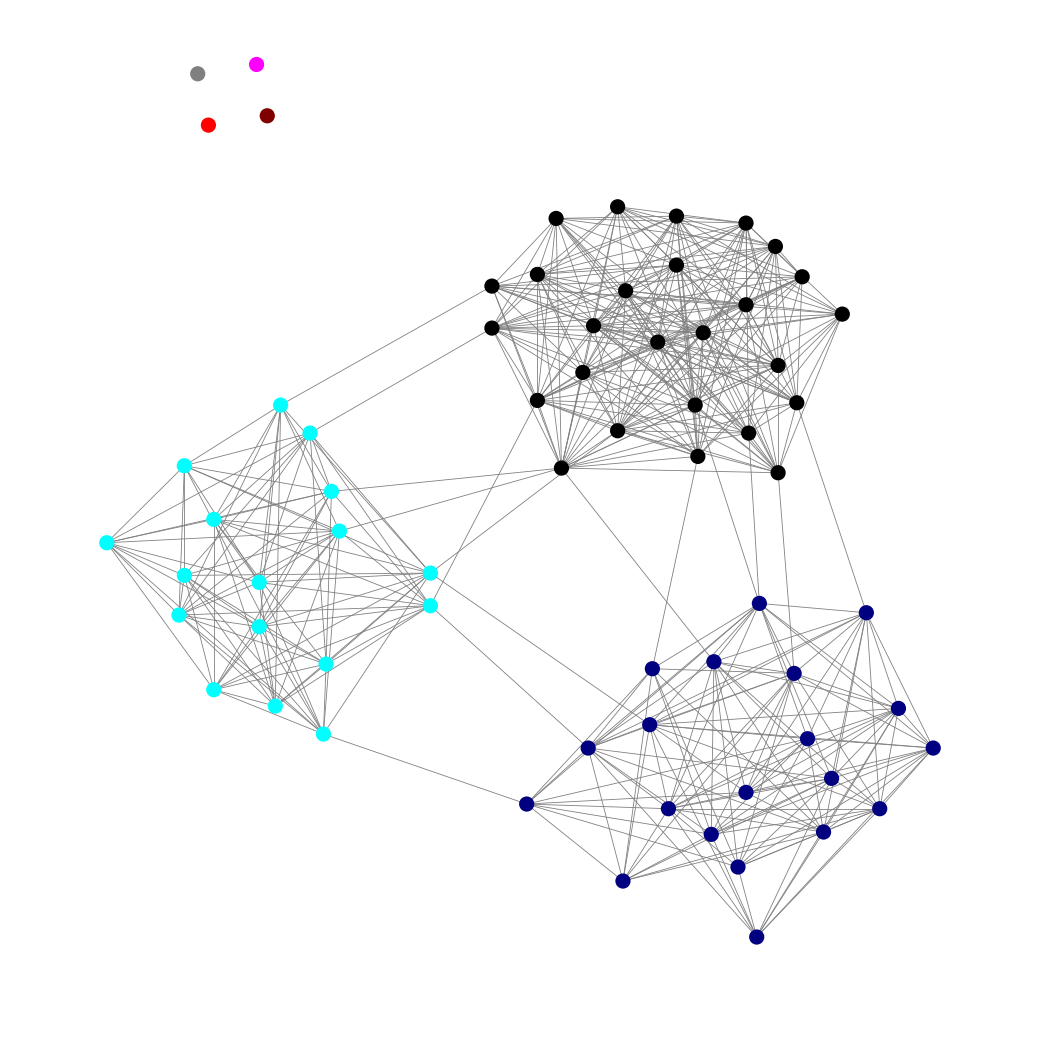
Graph connected: No
Number of connected components: 5
Number of singletons: 4
Total number of nodes: 67
Total number of edges: 455
Number of communities: 7
Community sizes:
Aqua: 17
Black: 26
Fuchsia: 1
Gray: 1
Maroon: 1
Navy: 20
Red: 1
Graph layout: tda
Graph generation method: erdos_renyi